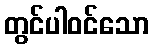
တွင်ပါဝင်သော